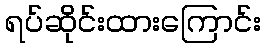
ရပ်ဆိုင်းထားကြောင်း